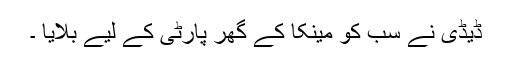
ڈیڈی نے سب کو مینکا کے گھر پارٹی کے لیے بلایا ۔